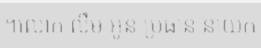
។លោក លឹម អូន ប្រធាន នាយក